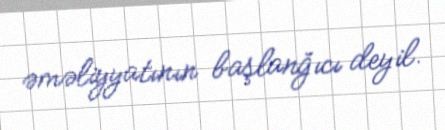
əməliyyatının başlanğıcı deyil.